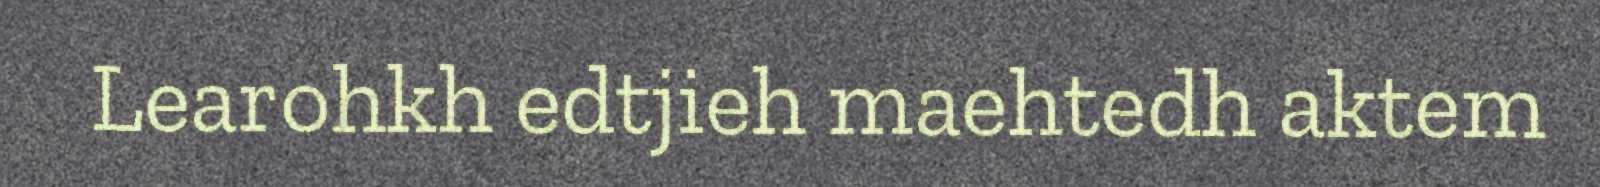
Learohkh edtjieh maehtedh aktem